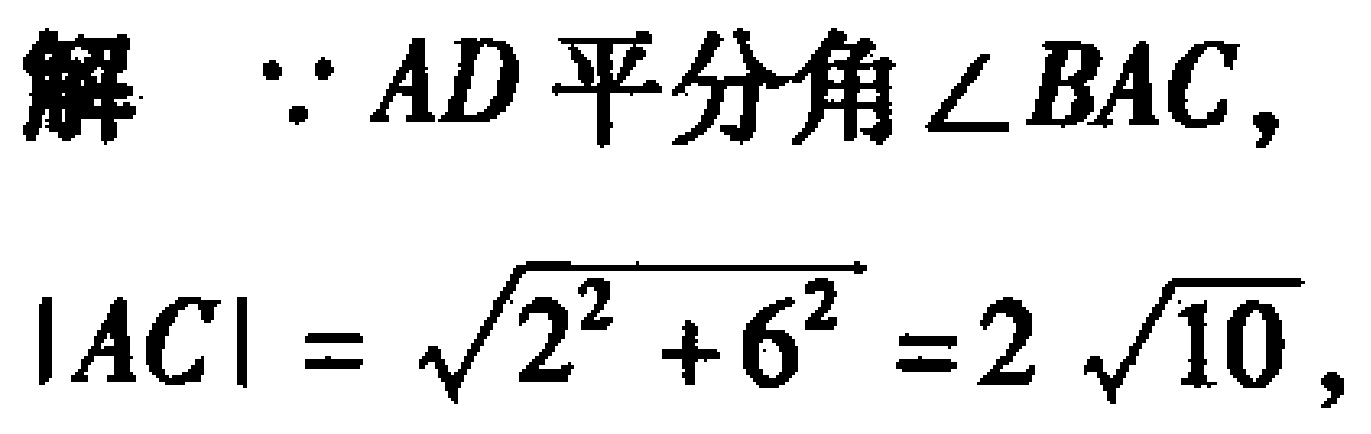
解 $\because AD\text{ 平分角 }\angle BAC,$
\[
|AC| = \sqrt{2^{2} + 6^{2}} = 2\sqrt{10},
\]